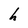
Character: h